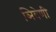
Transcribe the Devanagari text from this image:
ञिवेणी